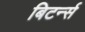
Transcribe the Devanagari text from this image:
बिटर्न्‍स